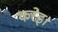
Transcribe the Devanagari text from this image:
करेइ।